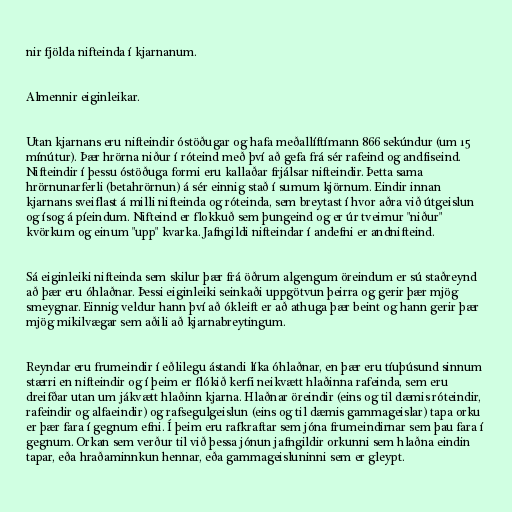
nir fjölda nifteinda í kjarnanum.

Almennir eiginleikar.

Utan kjarnans eru nifteindir óstöðugar og hafa meðallíftímann 866 sekúndur (um 15
mínútur). Þær hrörna niður í róteind með því að gefa frá sér rafeind og andfiseind.
Nifteindir í þessu óstöðuga formi eru kallaðar frjálsar nifteindir. Þetta sama
hrörnunarferli (betahrörnun) á sér einnig stað í sumum kjörnum. Eindir innan
kjarnans sveiflast á milli nifteinda og róteinda, sem breytast í hvor aðra við útgeislun
og ísog á píeindum. Nifteind er flokkuð sem þungeind og er úr tveimur "niður"
kvörkum og einum "upp" kvarka. Jafngildi nifteindar í andefni er andnifteind.

Sá eiginleiki nifteinda sem skilur þær frá öðrum algengum öreindum er sú staðreynd
að þær eru óhlaðnar. Þessi eiginleiki seinkaði uppgötvun þeirra og gerir þær mjög
smeygnar. Einnig veldur hann því að ókleift er að athuga þær beint og hann gerir þær
mjög mikilvægar sem aðili að kjarnabreytingum.

Reyndar eru frumeindir í eðlilegu ástandi líka óhlaðnar, en þær eru tíuþúsund sinnum
stærri en nifteindir og í þeim er flókið kerfi neikvætt hlaðinna rafeinda, sem eru
dreifðar utan um jákvætt hlaðinn kjarna. Hlaðnar öreindir (eins og til dæmis róteindir,
rafeindir og alfaeindir) og rafsegulgeislun (eins og til dæmis gammageislar) tapa orku
er þær fara í gegnum efni. Í þeim eru rafkraftar sem jóna frumeindirnar sem þau fara í
gegnum. Orkan sem verður til við þessa jónun jafngildir orkunni sem hlaðna eindin
tapar, eða hraðaminnkun hennar, eða gammageisluninni sem er gleypt.